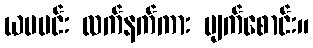
ယမမင်း လက်နက်ကား မျက်စောင်း။